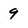
Character: 9